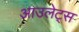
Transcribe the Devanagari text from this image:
आउलेट्स